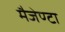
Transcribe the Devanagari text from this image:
मैजेण्टा